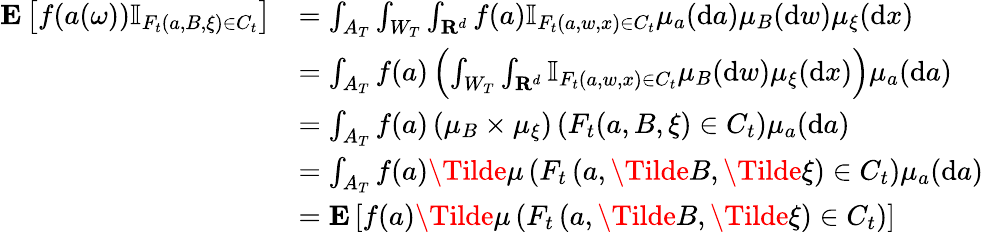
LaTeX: \begin{array}{rl}{\mathbf{E}\left[f(a(\omega))\mathbb{I}_{F_{t}(a,B,\xi)\in C_{t}}\right]}&{=\int_{A_{T}}\int_{W_{T}}\int_{\mathbf{R}^{d}}f(a)\mathbb{I}_{F_{t}(a,w,x)\in C_{t}}\mu_{a}(\mathrm{d}a)\mu_{B}(\mathrm{d}w)\mu_{\xi}(\mathrm{d}x)}\\ &{=\int_{A_{T}}f(a)\left(\int_{W_{T}}\int_{\mathbf{R}^{d}}\mathbb{I}_{F_{t}(a,w,x)\in C_{t}}\mu_{B}(\mathrm{d}w)\mu_{\xi}(\mathrm{d}x)\right)\mu_{a}(\mathrm{d}a)}\\ &{=\int_{A_{T}}f(a)\left(\mu_{B}\times\mu_{\xi}\right)\left(F_{t}(a,B,\xi)\in C_{t}\right)\mu_{a}(\mathrm{d}a)}\\ &{=\int_{A_{T}}f(a)\Tilde{\mu}\left(F_{t}\left(a,\Tilde{B},\Tilde{\xi}\right)\in C_{t}\right)\mu_{a}(\mathrm{d}a)}\\ &{=\mathbf{E}\left[f(a)\Tilde{\mu}\left(F_{t}\left(a,\Tilde{B},\Tilde{\xi}\right)\in C_{t}\right)\right]}\end{array}